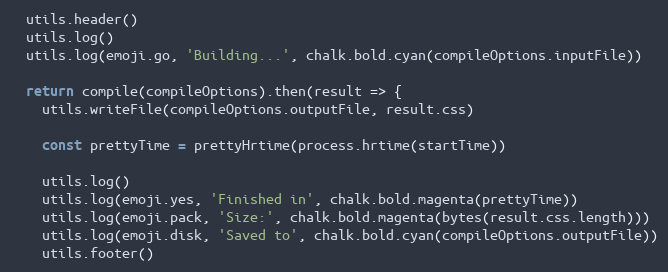
Language: JavaScript
  utils.header()
  utils.log()
  utils.log(emoji.go, 'Building...', chalk.bold.cyan(compileOptions.inputFile))

  return compile(compileOptions).then(result => {
    utils.writeFile(compileOptions.outputFile, result.css)

    const prettyTime = prettyHrtime(process.hrtime(startTime))

    utils.log()
    utils.log(emoji.yes, 'Finished in', chalk.bold.magenta(prettyTime))
    utils.log(emoji.pack, 'Size:', chalk.bold.magenta(bytes(result.css.length)))
    utils.log(emoji.disk, 'Saved to', chalk.bold.cyan(compileOptions.outputFile))
    utils.footer()